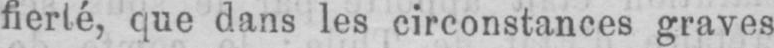
fierté, que dans les circonstances graves